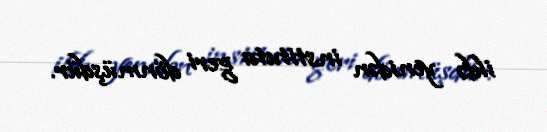
ildə yenidən instituta geri dönmüşdür.